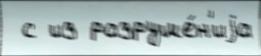
 с из разруше́н'иjа